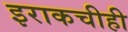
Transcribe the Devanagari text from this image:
इराकचीही